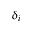
\delta _ { i }